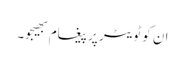
ان کو ٹویٹر پر پیغام بھیجو۔